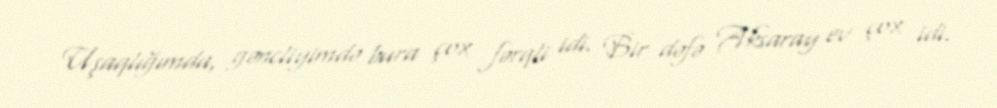
Uşaqlığımda, gəncliyimdə bura çox fərqli idi. Bir dəfə Aksaray ev çox idi.